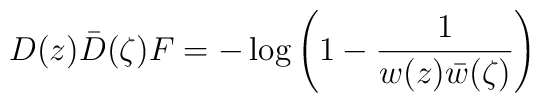
D(z)\bar D(\zeta)F = -\log\left(1 - \frac1{w(z)\bar w(\zeta)}\right)